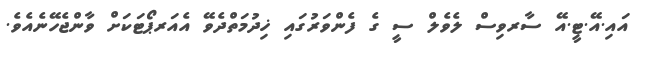
އައި.އޭ.ޓީ.އޭ ސާރވިސް ލެވެލް ސީ ގެ ފެންވަރުގައި ޚިދުމަތްދެވޭ އެއަރޕޯޓަކަށް ވާންޖެހޭނެއެވެ.